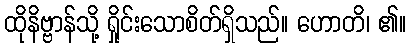
ထိုနိဗ္ဗာန်သို့ ရှိုင်းသောစိတ်ရှိသည်။ ဟောတိ၊ ၏။